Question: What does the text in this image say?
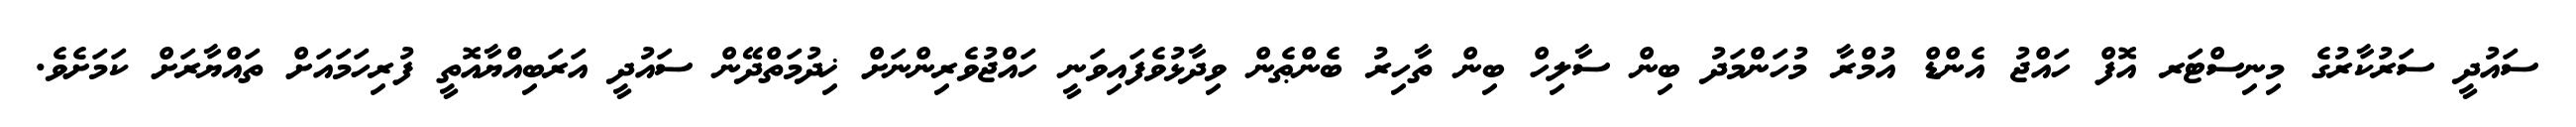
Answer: ސައުދީ ސަރުކާރުގެ މިނިސްޓަރ އޮފް ހައްޖު އެންޑް އުމްރާ މުހަންމަދު ބިން ސާލިހް ބިން ތާހިރު ބެންޠެން ވިދާޅުވެފައިވަނީ ހައްޖުވެރިންނަށް ޚިދުމަތްދޭން ސައުދީ އަރަބިއްޔާއޮތީ ފުރިހަމައަށް ތައްޔާރަށް ކަމަށެވެ.